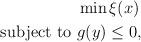
LaTeX: \begin{align*} & \min \xi(x) \\ \hbox{subject to } & g(y)\leq 0, \end{align*}